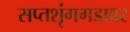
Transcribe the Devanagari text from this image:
सप्तशृंगगडावर